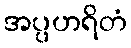
အပ္ပဟရိတံ